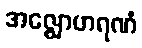
အဇ္ဈောဟရဏံ